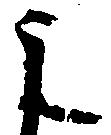
之